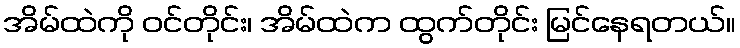
အိမ်ထဲကို ဝင်တိုင်း၊ အိမ်ထဲက ထွက်တိုင်း မြင်နေရတယ်။